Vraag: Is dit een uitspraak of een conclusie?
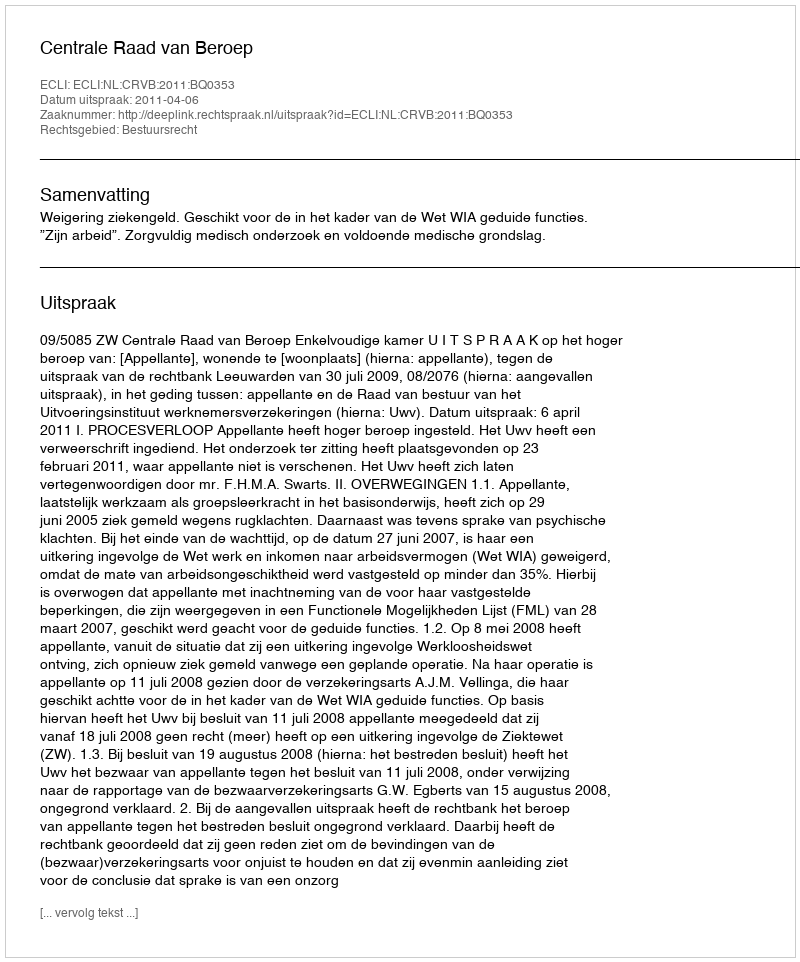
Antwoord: Uitspraak